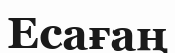
Есағаң